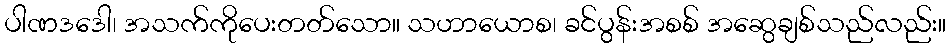
ပါဏဒဒေါ၊ အသက်ကိုပေးတတ်သော။ သဟာယောစ၊ ခင်ပွန်းအစစ် အဆွေချစ်သည်လည်း။